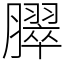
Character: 臎